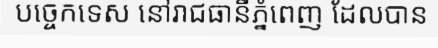
បច្ចេកទេស នៅរាជធានីភ្នំពេញ ដែលបាន